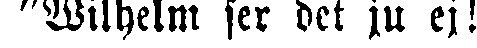
"Wilhelm ser det ju ej!"